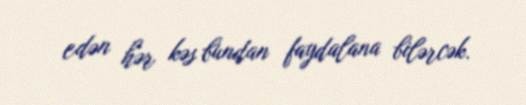
edən hər kəs bundan faydalana bilərcək.